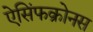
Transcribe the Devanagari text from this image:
ऐसिंफक्रोनस